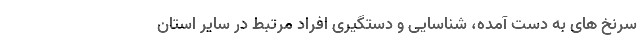
سرنخ های به دست آمده، شناسایی و دستگیری افراد مرتبط در سایر استان